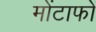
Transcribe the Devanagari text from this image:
मोंटाफों